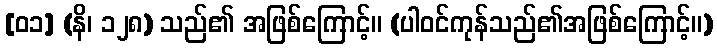
[၀၁] (နိ၊ ၁၂၈) သည်၏ အဖြစ်ကြောင့်။ (ပါဝင်ကုန်သည်၏အဖြစ်ကြောင့်။)